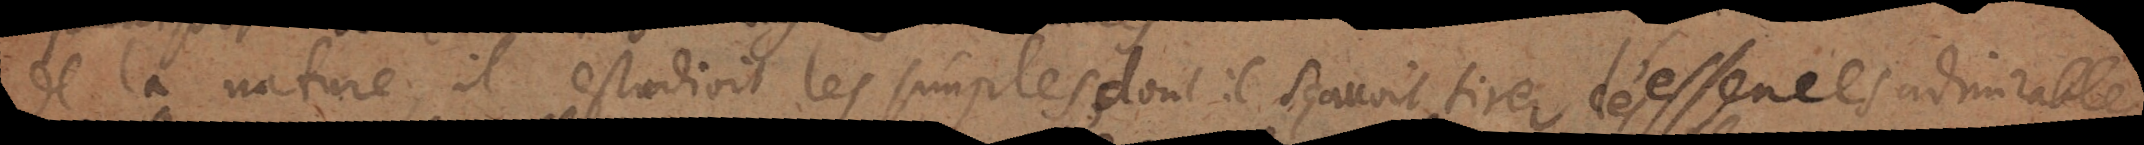
de la nature; il estudioit les simples, dont il sçavoit tirer desessences admirables